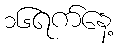
၁၆ရက်နေ့